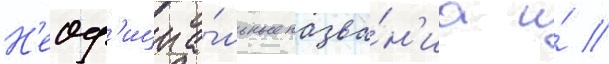
Н'еоф'ициа́льные назва́н'иа и́ //